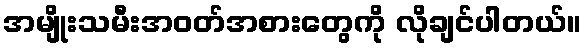
အမျိုးသမီးအဝတ်အစားတွေကို လိုချင်ပါတယ်။